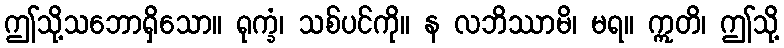
ဤသို့သဘောရှိသော။ ရုက္ခံ၊ သစ်ပင်ကို။ န လဘိဿာမိ၊ မရ။ ဣတိ၊ ဤသို့